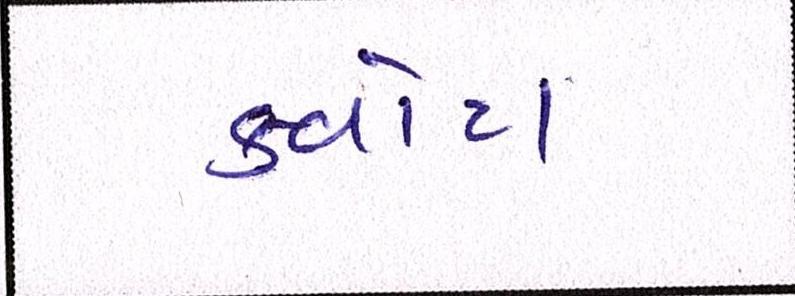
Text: ક્વોટા